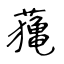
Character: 𦿷